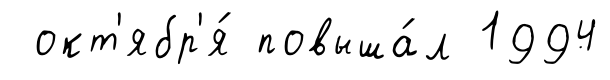
окт'ябр'я́ повыша́л 1994